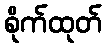
စိုက်ထုတ်